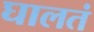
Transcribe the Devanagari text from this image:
घालतं